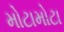
મોટામોટા